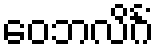
ဝေဘလိင်္ဂံ